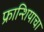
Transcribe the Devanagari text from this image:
फ्रान्शियाचा